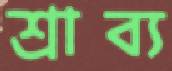
শ্রাব্য